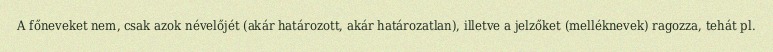
A főneveket nem, csak azok névelőjét (akár határozott, akár határozatlan), illetve a jelzőket (melléknevek) ragozza, tehát pl.